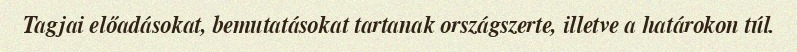
Tagjai előadásokat, bemutatásokat tartanak országszerte, illetve a határokon túl.